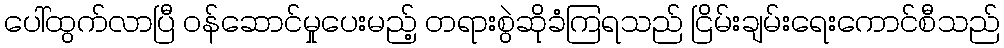
ပေါ်ထွက်လာပြီ ဝန်ဆောင်မှုပေးမည့် တရားစွဲဆိုခံကြရသည် ငြိမ်းချမ်းရေးကောင်စီသည်